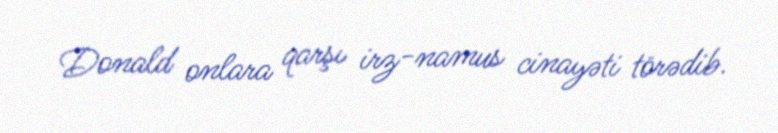
Donald onlara qarşı irz-namus cinayəti törədib.